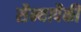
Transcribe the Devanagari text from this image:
सैन्यापैकी